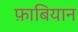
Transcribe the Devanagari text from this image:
फ़ाबियान